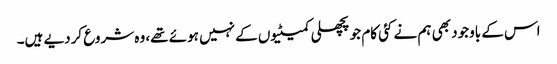
اس کے باوجود بھی ہم نے کئی کام جو پچھلی کمیٹیوں کے نہیں ہوئے تھے، وہ شروع کردیے ہیں۔